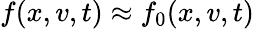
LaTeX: f(x,v,t)\approx f_{0}(x,v,t)